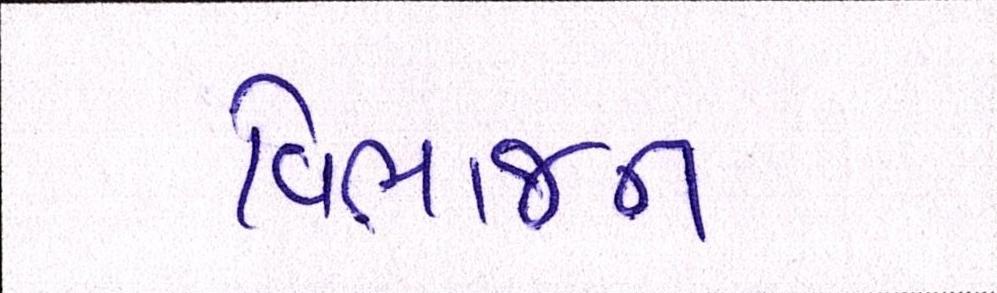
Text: વિભાજન